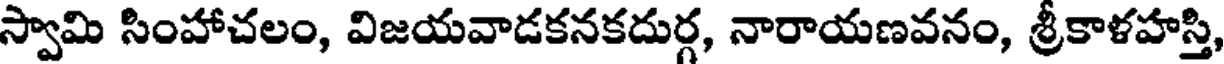
స్వామి సింహాచలం, విజయవాడకనకదుర్గ, నారాయణవనం, శ్రీకాళహస్తి,